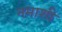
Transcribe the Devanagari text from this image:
नमाशी